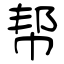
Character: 帮